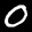
Label: 0